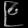
Digit: ၉